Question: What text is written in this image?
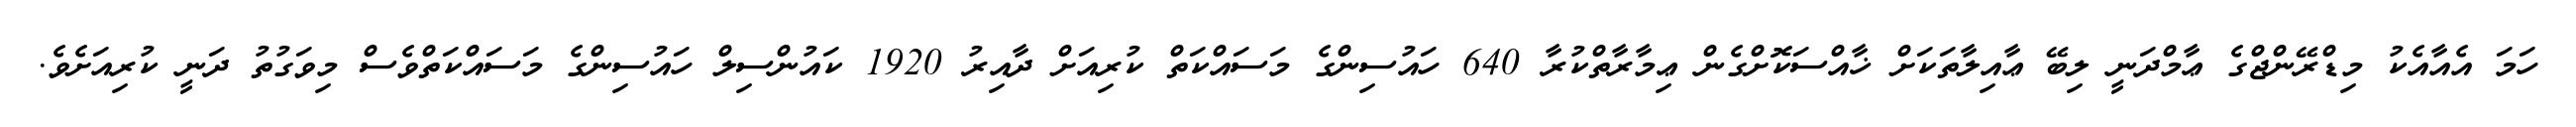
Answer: ހަމަ އެއާއެކު މިޑްރޭންޖްގެ ޢާމްދަނީ ލިބޭ ޢާއިލާތަކަށް ޚާއްސަކޮށްގެން ޢިމާރާތްކުރާ 640 ހައުސިންގެ މަސައްކަތް ކުރިއަށް ދާއިރު 1920 ކައުންސިލް ހައުސިންގެ މަސައްކަތްވެސް މިވަގުތު ދަނީ ކުރިއަށެވެ.